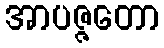
အာပဇ္ဇတော